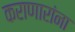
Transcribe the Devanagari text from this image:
कराणारांना